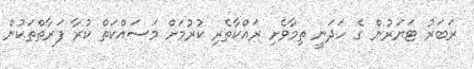
ރަބަރު ޓަޔަރުން ގެ ހަދަނީ ތިމާވެށި ރައްކާތެރި ކުރުމަށް މަސައްކަތް ކުރާ ފަރާތްތަކުން